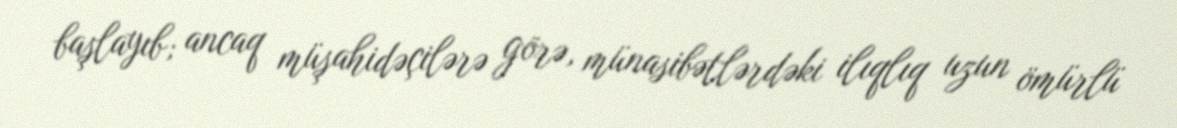
başlayıb; ancaq müşahidəçilərə görə, münasibətlərdəki ilıqlıq uzun ömürlü